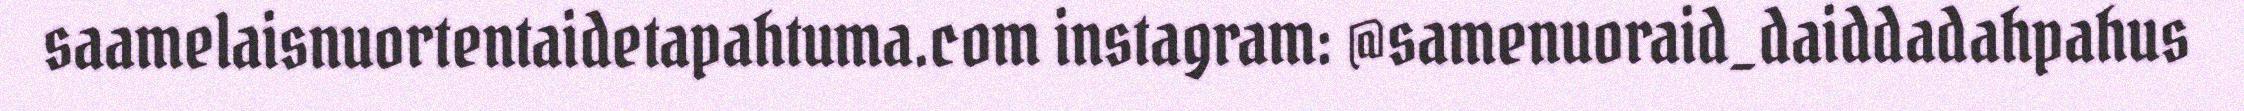
saamelaisnuortentaidetapahtuma.com instagram: @samenuoraid_daiddadahpahus